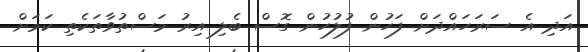
އަދި އެ ސަރަހައްދަށް ފަހުން ފުލުހުން ގޮސް ބެލި އިރު މަސްތުވާތަކެތި ކަމަށް